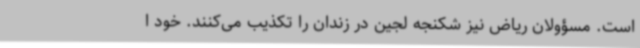
است. مسؤولان ریاض نیز شکنجه لجین در زندان را تکذیب می‌کنند. خود ا